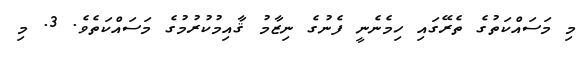
މި މަސައްކަތުގެ ތެރޭގައި ހިމެނެނީ ފެނުގެ ނިޒާމު ޤާއިމުކުރުމުގެ މަސައްކަތެވެ. 3. މި